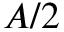
A / 2